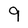
Character: 9